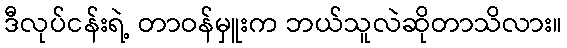
ဒီလုပ်ငန်းရဲ့ တာဝန်မှူးက ဘယ်သူလဲဆိုတာသိလား။